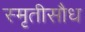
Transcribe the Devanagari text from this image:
स्मृतीसौध